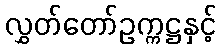
လွှတ်တော်ဥက္ကဋ္ဌနှင့်